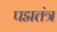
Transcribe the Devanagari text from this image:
पद्मतंत्र